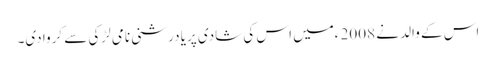
اس کے والد نے 2008 ءمیں اس کی شادی پریا درشنی نامی لڑکی سے کروا دی۔